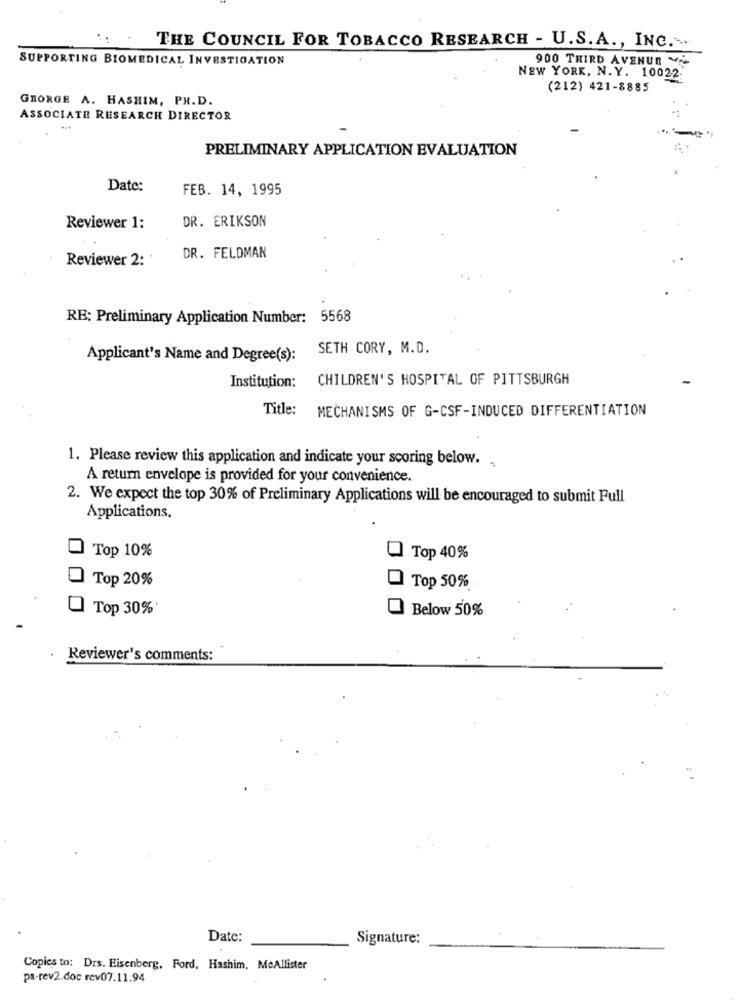
THE COUNCIL FOR TOBACCO RESEARCH - U.S. A ., INC .-...
SUPPORTING BIOMEDICAL INVESTIGATION
900 THIRD AVENUE Mi
NEW YORK, N. Y. 10022.
(212) 421-8885
GEORGE A. HASHIM, PH.D.
ASSOCIATE RESEARCH DIRECTOR
PRELIMINARY APPLICATION EVALUATION
Date:
FEB. 14, 1995
Reviewer 1:
DR. ERIKSON
Reviewer 2:
DR. FELDMAN
RE: Preliminary Application Number: 5568
SETH CORY, M.D.
Applicant's Name and Degree(s):
Institution:
CHILDREN'S HOSPITAL OF PITTSBURGH
Title:
MECHANISMS OF G-CSF-INDUCED DIFFERENTIATION
1. Please review this application and indicate your scoring below. .
A return envelope is provided for your convenience.
2. We expect the top 30% of Preliminary Applications will be encouraged to submit Full
Applications.
Top 10%
Top 40%
Top 20%
Top 50%
Top 30%
Below 50%
Reviewer's comments:
Date:
Signature:
Copies to: Drs. Eisenberg, Ford, Hashim, McAllister
pa-rev2.doc rev07.11.94